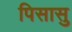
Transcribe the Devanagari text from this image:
पिसासु